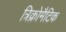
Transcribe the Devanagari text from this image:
त्रिक्रोमैटिक